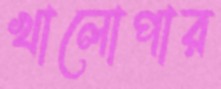
খালোপার